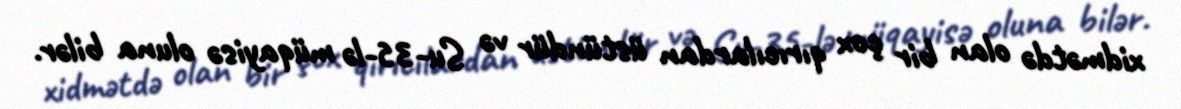
xidmətdə olan bir çox qırıcılardan üstündür və Su-35-lə müqayisə oluna bilər.